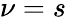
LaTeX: \nu=s